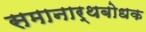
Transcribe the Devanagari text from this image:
समानार्थबोधक